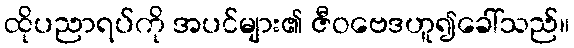
ထိုပညာရပ်ကို အပင်များ၏ ဇီဝဗေဒဟူ၍ခေါ်သည်။